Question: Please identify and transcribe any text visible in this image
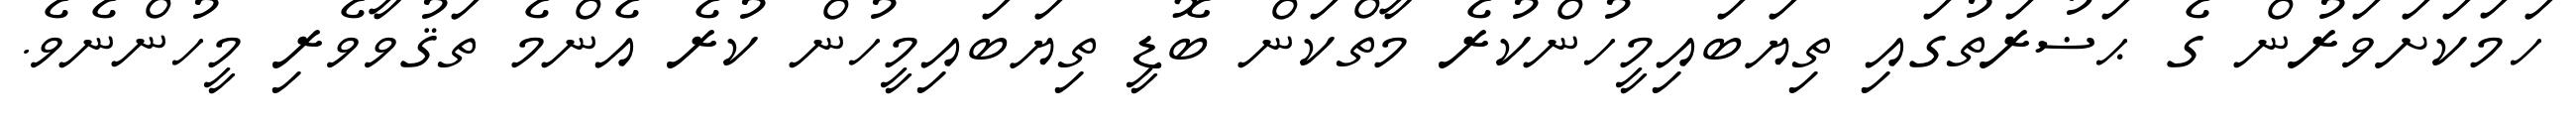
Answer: ހަމަކަށަވަރުން ގެ ޙަޟުރަތުގައި ތިޔަބައިމީހުންކުރެ މާތްކަން ބޮޑީ ތިޔަބައިމީހުން ކުރެ އެންމެ ތަޤުވާވެރި މީހުންނެވެ.